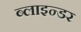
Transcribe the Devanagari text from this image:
ब्लाइन्डर